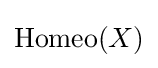
{\rm {Homeo}}(X)